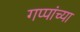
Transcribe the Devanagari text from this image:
गप्पांच्या